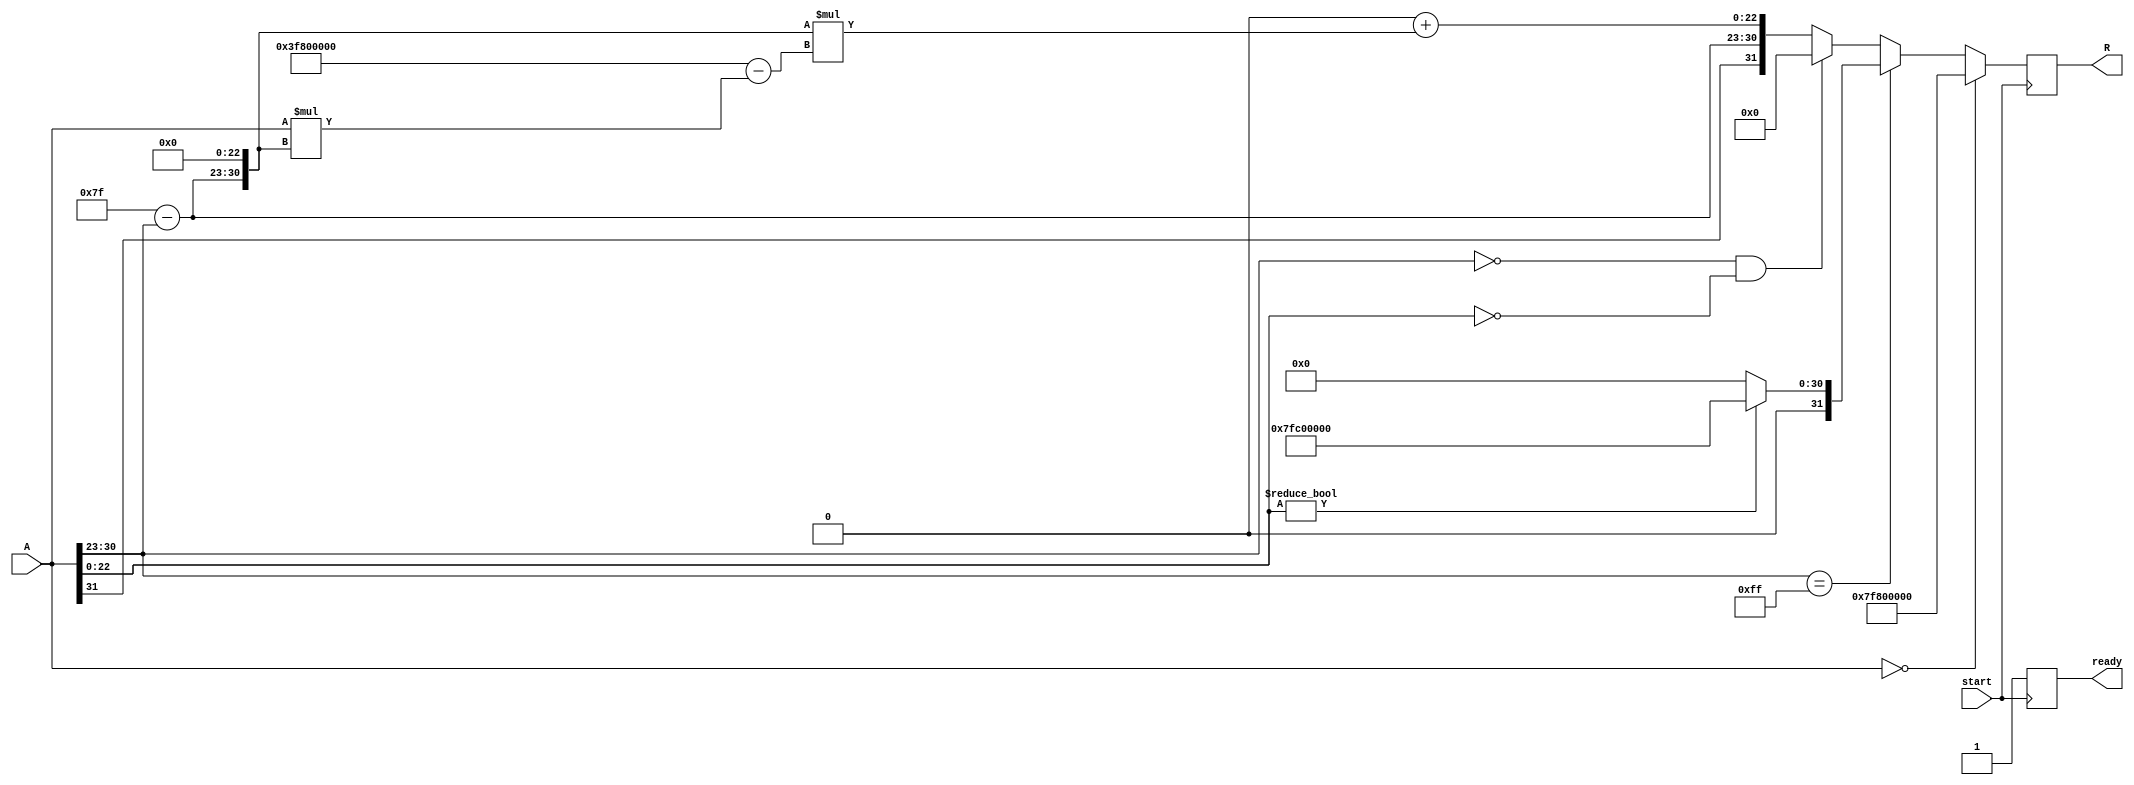
module floating_point_reciprocal (
    input wire [31:0] A,      // Input floating-point number (single precision)
    output reg [31:0] R,      // Output reciprocal (single precision)
    input wire start,          // Start signal for computation
    output reg ready           // Ready signal indicating output is valid
);
    
    // Constants for IEEE 754 single precision
    localparam EXPONENT_BIAS = 8'd127;
    localparam EXPONENT_BITS = 8;
    localparam MANTISSA_BITS = 23;

    // Internal signals
    reg [7:0] exponent;
    reg [22:0] mantissa;
    reg sign;
    reg [31:0] approx;         // Approximation of the reciprocal
    reg [31:0] temp_result;    // Temporary result for calculations
    reg [7:0] new_exponent;
    reg [22:0] new_mantissa;
    reg [31:0] one;            // Constant value of 1.0 in float representation
    reg [31:0] zero;           // Constant value of 0.0 in float representation
    reg [31:0] inf;            // Constant value of infinity
    reg [31:0] nan;            // Constant value of NaN

    // Initialize constants
    initial begin
        one = 32'h3F800000;  // 1.0 in single-precision
        zero = 32'h00000000; // 0.0 in single-precision
        inf = 32'h7F800000;  // Infinity in single-precision
        nan = 32'h7FC00000;  // NaN in single-precision
    end

    always @(posedge start) begin
        // Extract sign, exponent, and mantissa
        sign = A[31];
        exponent = A[30:23];
        mantissa = A[22:0];

        // Handle special cases
        if (A == zero) begin
            R <= inf; // 1/0 = infinity
            ready <= 1;
        end else if (exponent == 8'hFF) begin
            // NaN or Infinity
            if (mantissa != 0) begin
                R <= nan; // NaN input results in NaN output
            end else begin
                R <= zero; // 1/infinity = 0
            end
            ready <= 1;
        end else begin
            // Normalize the input if necessary
            if (exponent == 0 && mantissa == 0) begin
                R <= zero; // Handle zero input
                ready <= 1;
            end else begin
                // Initial approximation using Newton-Raphson
                approx = {1'b0, 8'd127 - exponent, 23'b0}; // Initial guess for 1/A
                approx = approx + (approx * (one - (A * approx))); // One iteration of Newton-Raphson

                // Calculate new exponent and mantissa
                new_exponent = EXPONENT_BIAS - exponent; // Adjust exponent
                new_mantissa = approx[22:0]; // Use the mantissa from approximation

                // Assemble the result
                R <= {sign, new_exponent, new_mantissa};
                ready <= 1;
            end
        end
    end

endmodule